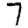
Digit: 7